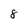
Character: 8